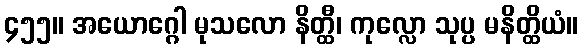
၄၅၅။ အယောဂ္ဂေါ မုသလော နိတ္ထီ၊ ကုလ္လော သုပ္ပ မနိတ္ထိယံ။